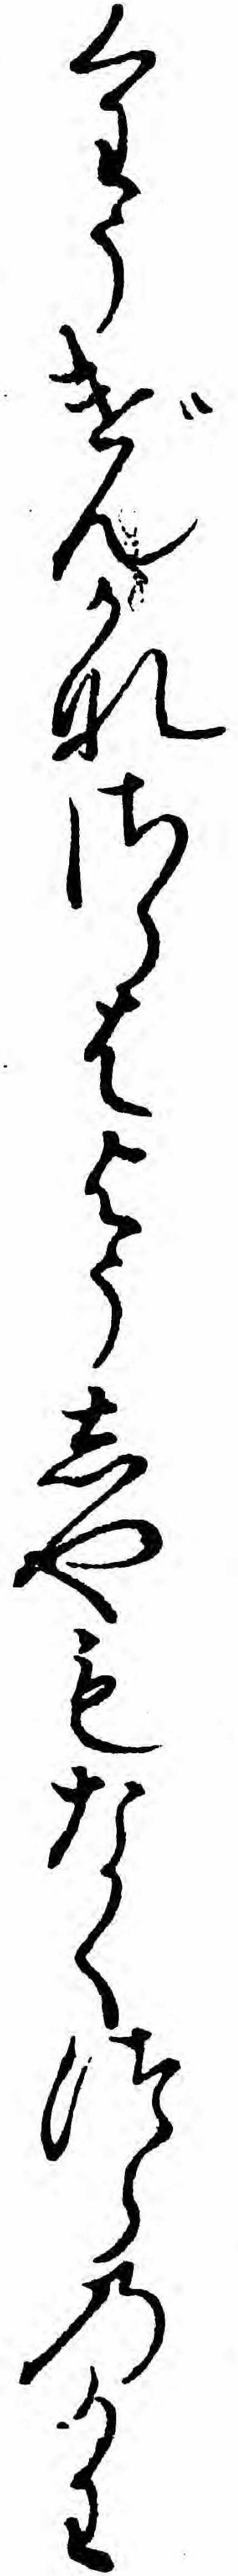
くわうげんかなさらはようしやもなくつらのかわ